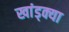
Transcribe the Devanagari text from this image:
खांड्क्या